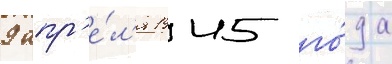
9 апр'е́л'я 1945 го́да